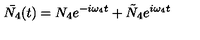
\bar { N _ { 4 } } ( t ) = N _ { 4 } e ^ { - i \omega _ { 4 } t } + \tilde { N } _ { 4 } e ^ { i \omega _ { 4 } t }